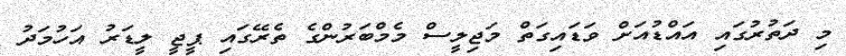
މި ދަތުރުގައި އައްޑުއަށް ވަޑައިގަތް މަޖިލީސް މެމްބަރުންގެ ތެރޭގައި ޕީޖީ ލީޑަރު އަހުމަދު